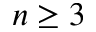
n \ge 3